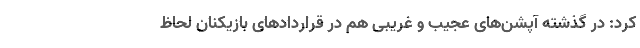
کرد: در گذشته آپشن‌های عجیب و غریبی هم در قراردادهای بازیکنان لحاظ